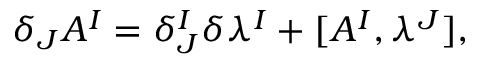
\delta _ { J } A ^ { I } = \delta _ { J } ^ { I } \delta \lambda ^ { I } + [ A ^ { I } , \lambda ^ { J } ] ,